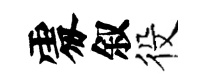
𠁅叙役